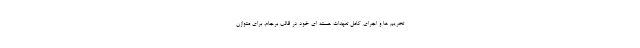
تحریم ها و اجرای کامل تعهدات هسته ای خود در قالب برجام، برای متوازن